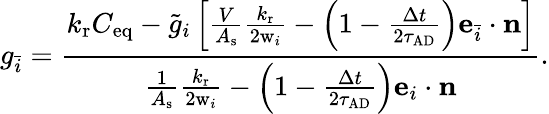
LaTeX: g_{\bar{i}}=\frac{{k_{\mathrm{r}}C_{\mathrm{eq}}-\tilde{g}_{i}\left[{\frac{V}{A_{\mathrm{s}}}{\frac{k_{\mathrm{r}}}{2\mathrm{w}_{i}}}-\left(1-{\frac{\Delta t}{2\tau_{\mathrm{AD}}}}\right)\mathbf{e}_{\bar{i}}\cdot\mathbf{n}}\right]}}{{\frac{1}{A_{\mathrm{s}}}{\frac{k_{\mathrm{r}}}{2\mathrm{w}_{i}}}-\left(1-{\frac{\Delta t}{2\tau_{\mathrm{AD}}}}\right)\mathbf{e}_{i}\cdot\mathbf{n}}}.